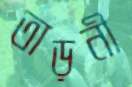
তাড়নী